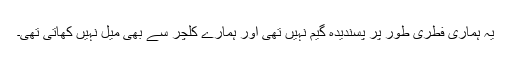
یہ ہماری فطری طور پر پسندیدہ گیم نہیں تھی اور ہمارے کلچر سے بھی میل نہیں کھاتی تھی۔